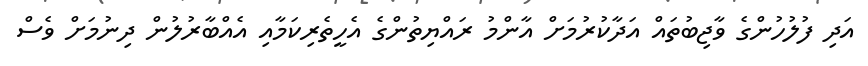
އަދި ފުލުހުންގެ ވާޖިބުތައް އަދާކުރުމަށް އާންމު ރައްޔިތުންގެ އެހީތެރިކަމާއި އެއްބާރުލުން ދިނުމަށް ވެސް